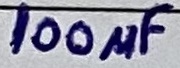
Text: 100µF